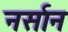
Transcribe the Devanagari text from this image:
नर्सान